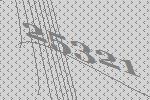
25321